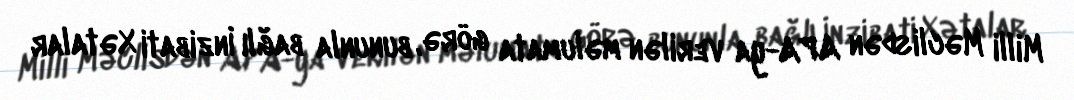
Milli Məclisdən APA-ya verilən məlumata görə, bununla bağlı İnzibati Xətalar